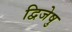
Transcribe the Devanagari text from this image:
द्विजेषु